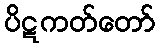
ပိဋကတ်တော်